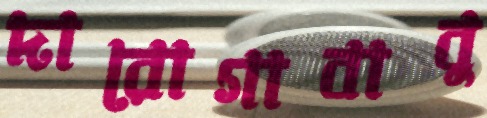
দারোগাবাবু